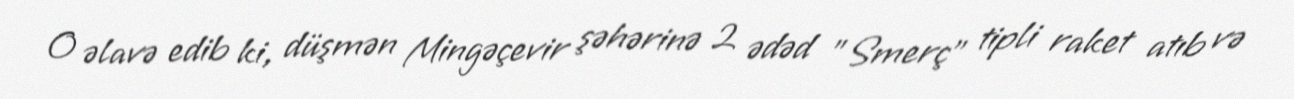
O əlavə edib ki, düşmən Mingəçevir şəhərinə 2 ədəd "Smerç" tipli raket atıb və